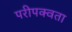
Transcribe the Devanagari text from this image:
परीपक्वता